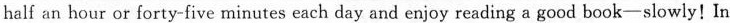
half an hour or forty-five minutes each day and enjoy reading a good book-slowly!In